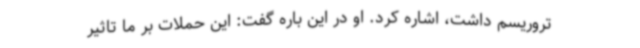
تروریسم داشت، اشاره کرد. او در این باره گفت: این حملات بر ما تاثیر